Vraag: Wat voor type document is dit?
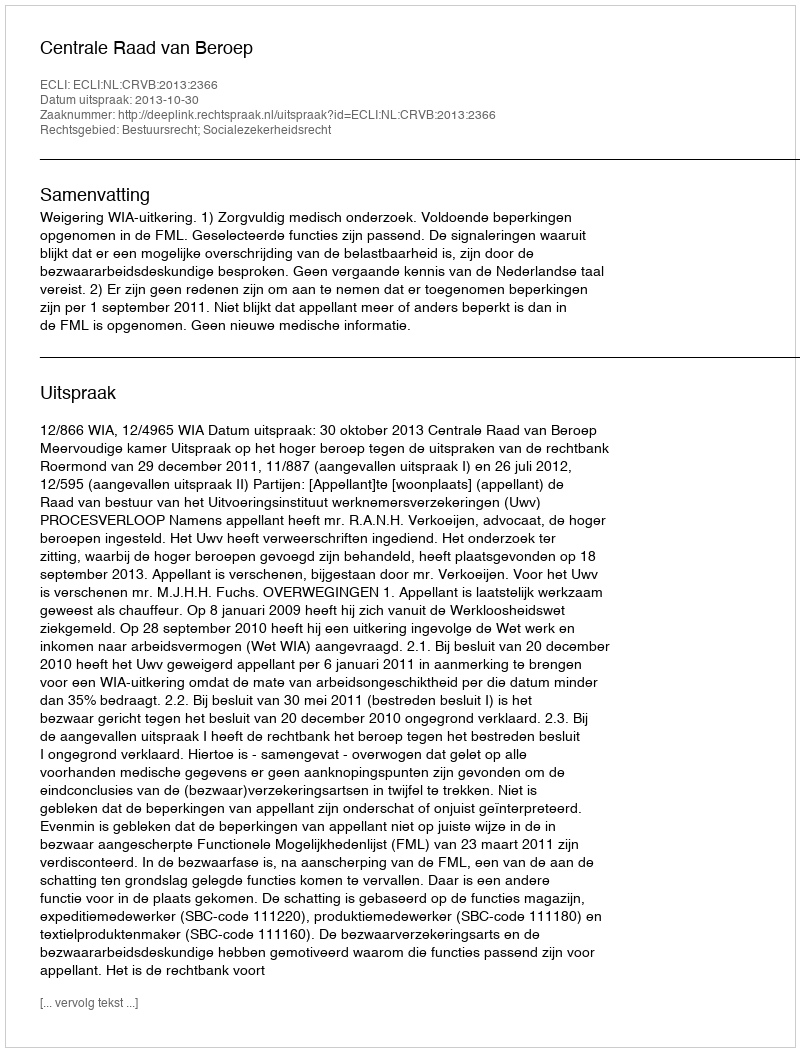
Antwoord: Uitspraak